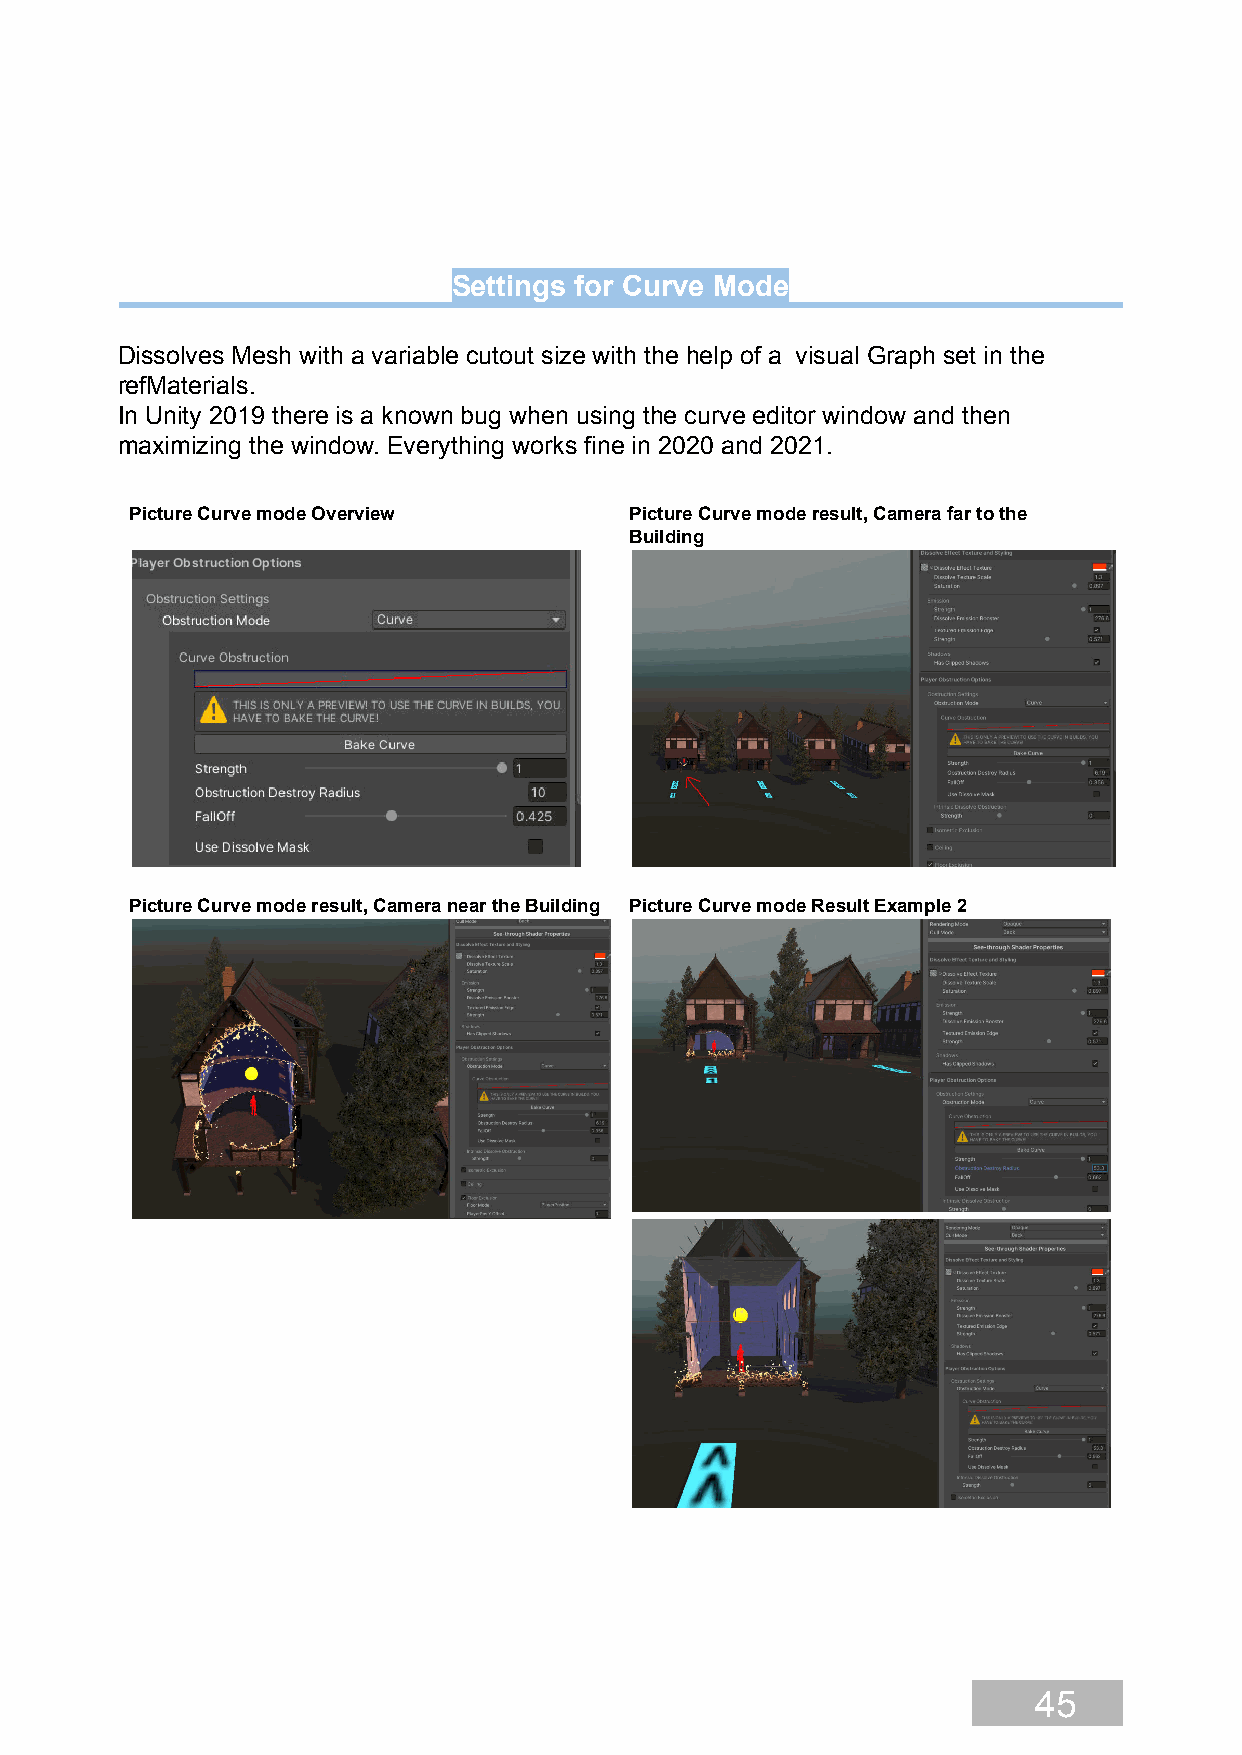
Settings for Curve Mode
 Dissolves Mesh with a variable cutout size with the help of a visual Graph set in the
 refMaterials.
 In Unity 2019 there is a known bug when using the curve editor window and then
 maximizing the window. Everything works fine in 2020 and 2021.
 Picture Curve mode Overview      Picture Curve mode result, Camera far to the
 Building
 Picture Curve mode result, Camera near the Building Picture Curve mode Result Example 2
 45